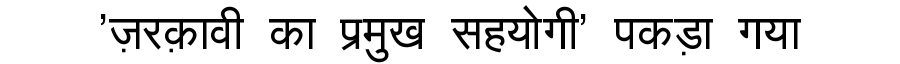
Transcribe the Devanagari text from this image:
'ज़रक़ावी का प्रमुख सहयोगी' पकड़ा गया